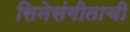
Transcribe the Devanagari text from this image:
सिनेसंगीताची